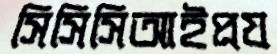
সিসিসিআইপ্রয